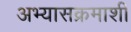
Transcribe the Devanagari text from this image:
अभ्यासक्रमाशी